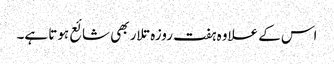
اس کے علاوہ ہفت روزہ تلار بھی شائع ہوتا ہے۔